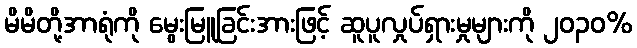
မိမိတို့အာရုံကို မွေးမြူခြင်းအားဖြင့် ဆူပူလှုပ်ရှားမှုများကို ၂၀၃၀%